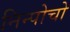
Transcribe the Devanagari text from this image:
निन्पोचो